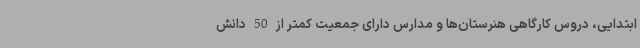
ابتدایی، دروس کارگاهی هنرستان‌ها و مدارس دارای جمعیت کمتر از 50 دانش